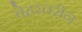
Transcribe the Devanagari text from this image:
बेहरतरीन